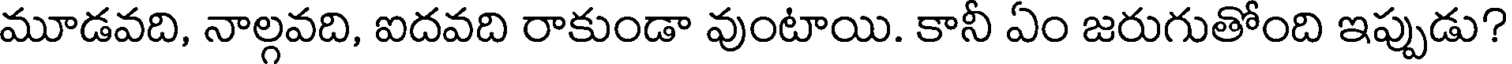
మూడవది, నాల్గవది, ఐదవది రాకుండా వుంటాయి. కానీ ఏం జరుగుతోంది ఇప్పుడు?